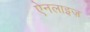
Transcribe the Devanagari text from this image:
ऐनलाइज़